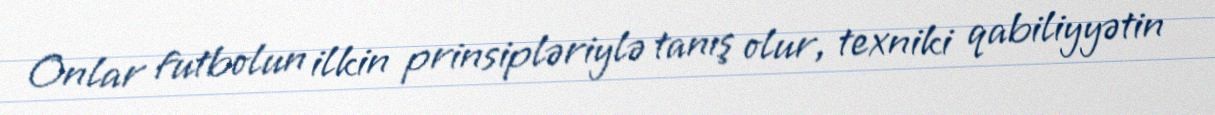
Onlar futbolun ilkin prinsipləriylə tanış olur, texniki qabiliyyətin